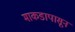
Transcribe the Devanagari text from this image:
माकडापासून